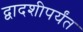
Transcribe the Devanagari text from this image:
द्वादशीपर्यंत